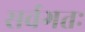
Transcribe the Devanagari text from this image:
सर्वगतः